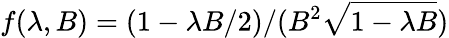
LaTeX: f(\lambda,B)=(1-\lambda B/2)/(B^{2}\sqrt{1-\lambda B})